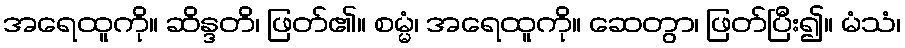
အရေထူကို။ ဆိန္ဒတိ၊ ဖြတ်၏။ စမ္မံ၊ အရေထူကို။ ဆေတွာ၊ ဖြတ်ပြီး၍။ မံသံ၊